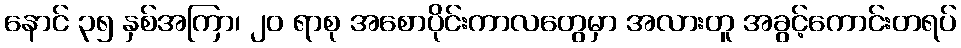
နောင် ၃၅ နှစ်အကြာ၊ ၂၀ ရာစု အစောပိုင်းကာလတွေမှာ အလားတူ အခွင့်ကောင်းတရပ်